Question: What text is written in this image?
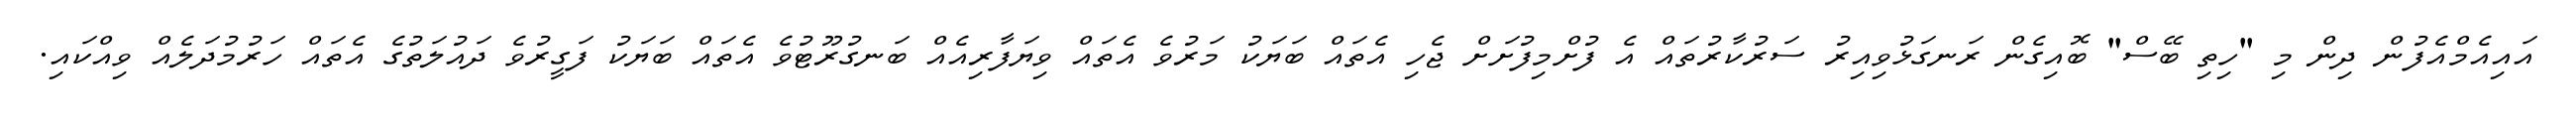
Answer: އައިއެމްއެފުން ދިން މި "ހިތި ބޭސް" ބޮއިގެން ރަނގަޅުވިއިރު ސަރުކާރުތައް އެ ފުށްމިފުށަށް ޖެހި އެތައް ބަޔަކު މަރުވެ އެތައް ވިޔަފާރިއެއް ބަނގުރޫޓުވެ އެތައް ބަޔަކު ފަގީރުވެ ދައުލަތުގެ އެތައް ހަރުމުދަލެއް ވިއްކައި.